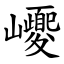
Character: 巎